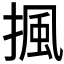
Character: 𢱚